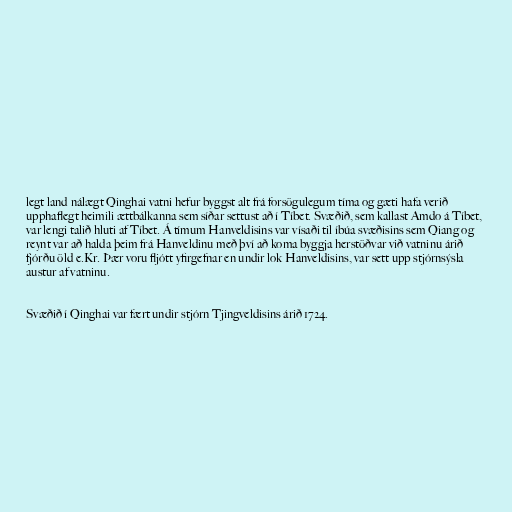
legt land nálægt Qinghai vatni hefur byggst alt frá forsögulegum tíma og gæti hafa verið
upphaflegt heimili ættbálkanna sem síðar settust að í Tíbet. Svæðið, sem kallast Amdo á Tíbet,
var lengi talið hluti af Tíbet. Á tímum Hanveldisins var vísaði til íbúa svæðisins sem Qiang og
reynt var að halda þeim frá Hanveldinu með því að koma byggja herstöðvar við vatninu árið
fjórðu öld e.Kr. Þær voru fljótt yfirgefnar en undir lok Hanveldisins, var sett upp stjórnsýsla
austur af vatninu.

Svæðið í Qinghai var fært undir stjórn Tjingveldisins árið 1724.